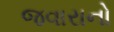
જવારાનો